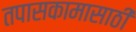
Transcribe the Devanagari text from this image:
तपासकामासाठी